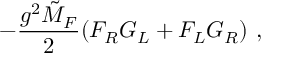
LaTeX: - \frac { g ^ { 2 } \tilde { M } _ { F } } { 2 } ( F _ { R } G _ { L } + F _ { L } G _ { R } ) \ ,